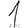
Digit: 1